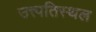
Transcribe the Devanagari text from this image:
उत्त्पतिस्थल